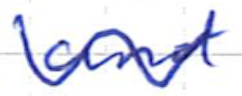
Text: and
Cross-out: wave
Writing tool: ballpoint